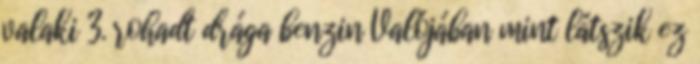
valaki 3. rohadt drága benzin Valójában mint látszik ez